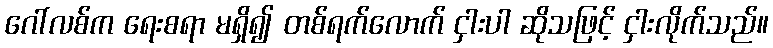
ဂေါ်လစ်က ရေးစရာ မရှိ၍ တစ်ရက်လောက် ငှါးပါ ဆိုသဖြင့် ငှါးလိုက်သည်။